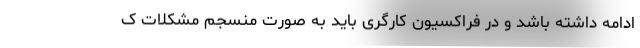
ادامه داشته باشد و در فراکسیون کارگری باید به صورت منسجم مشکلات ک